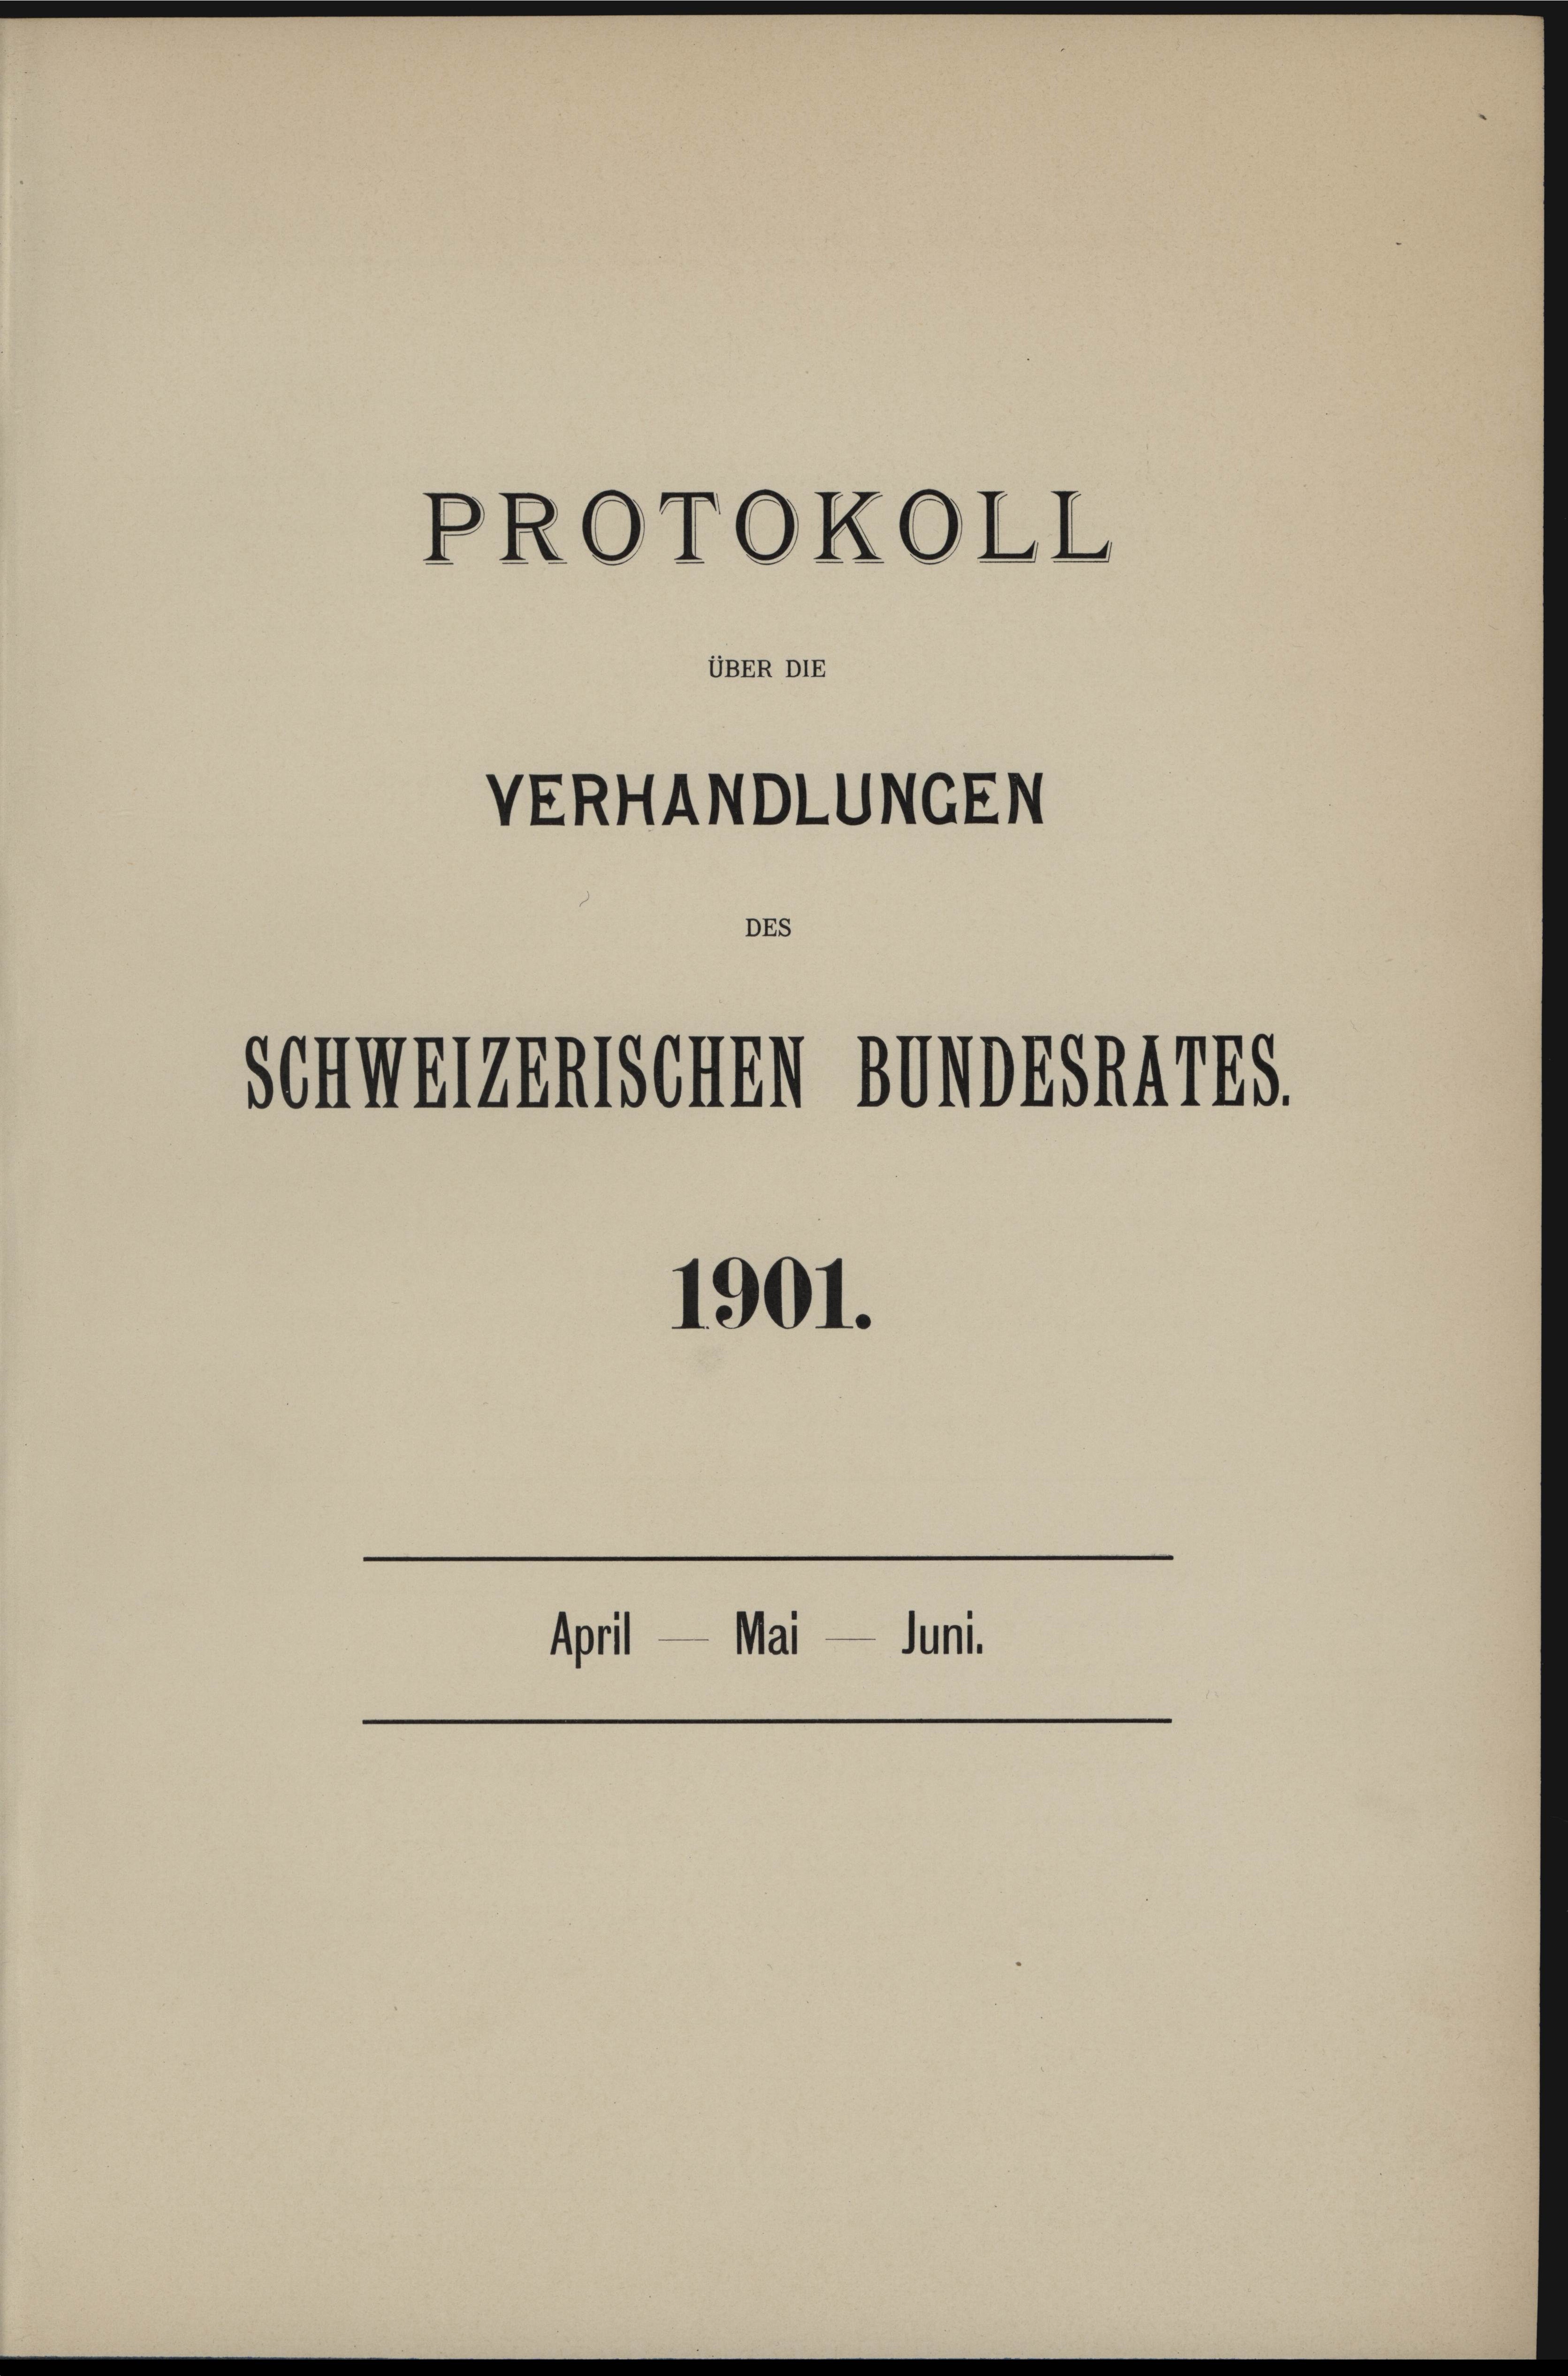
PROTOKOLL

VERHANDLUNGEN

DEs

Schweizerischen Bundesrates

UBER DIE

1901.

April — Mai — Juni.